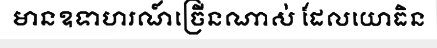
មានឧទាហរណ៍ច្រើនណាស់ ដែលយោធិន